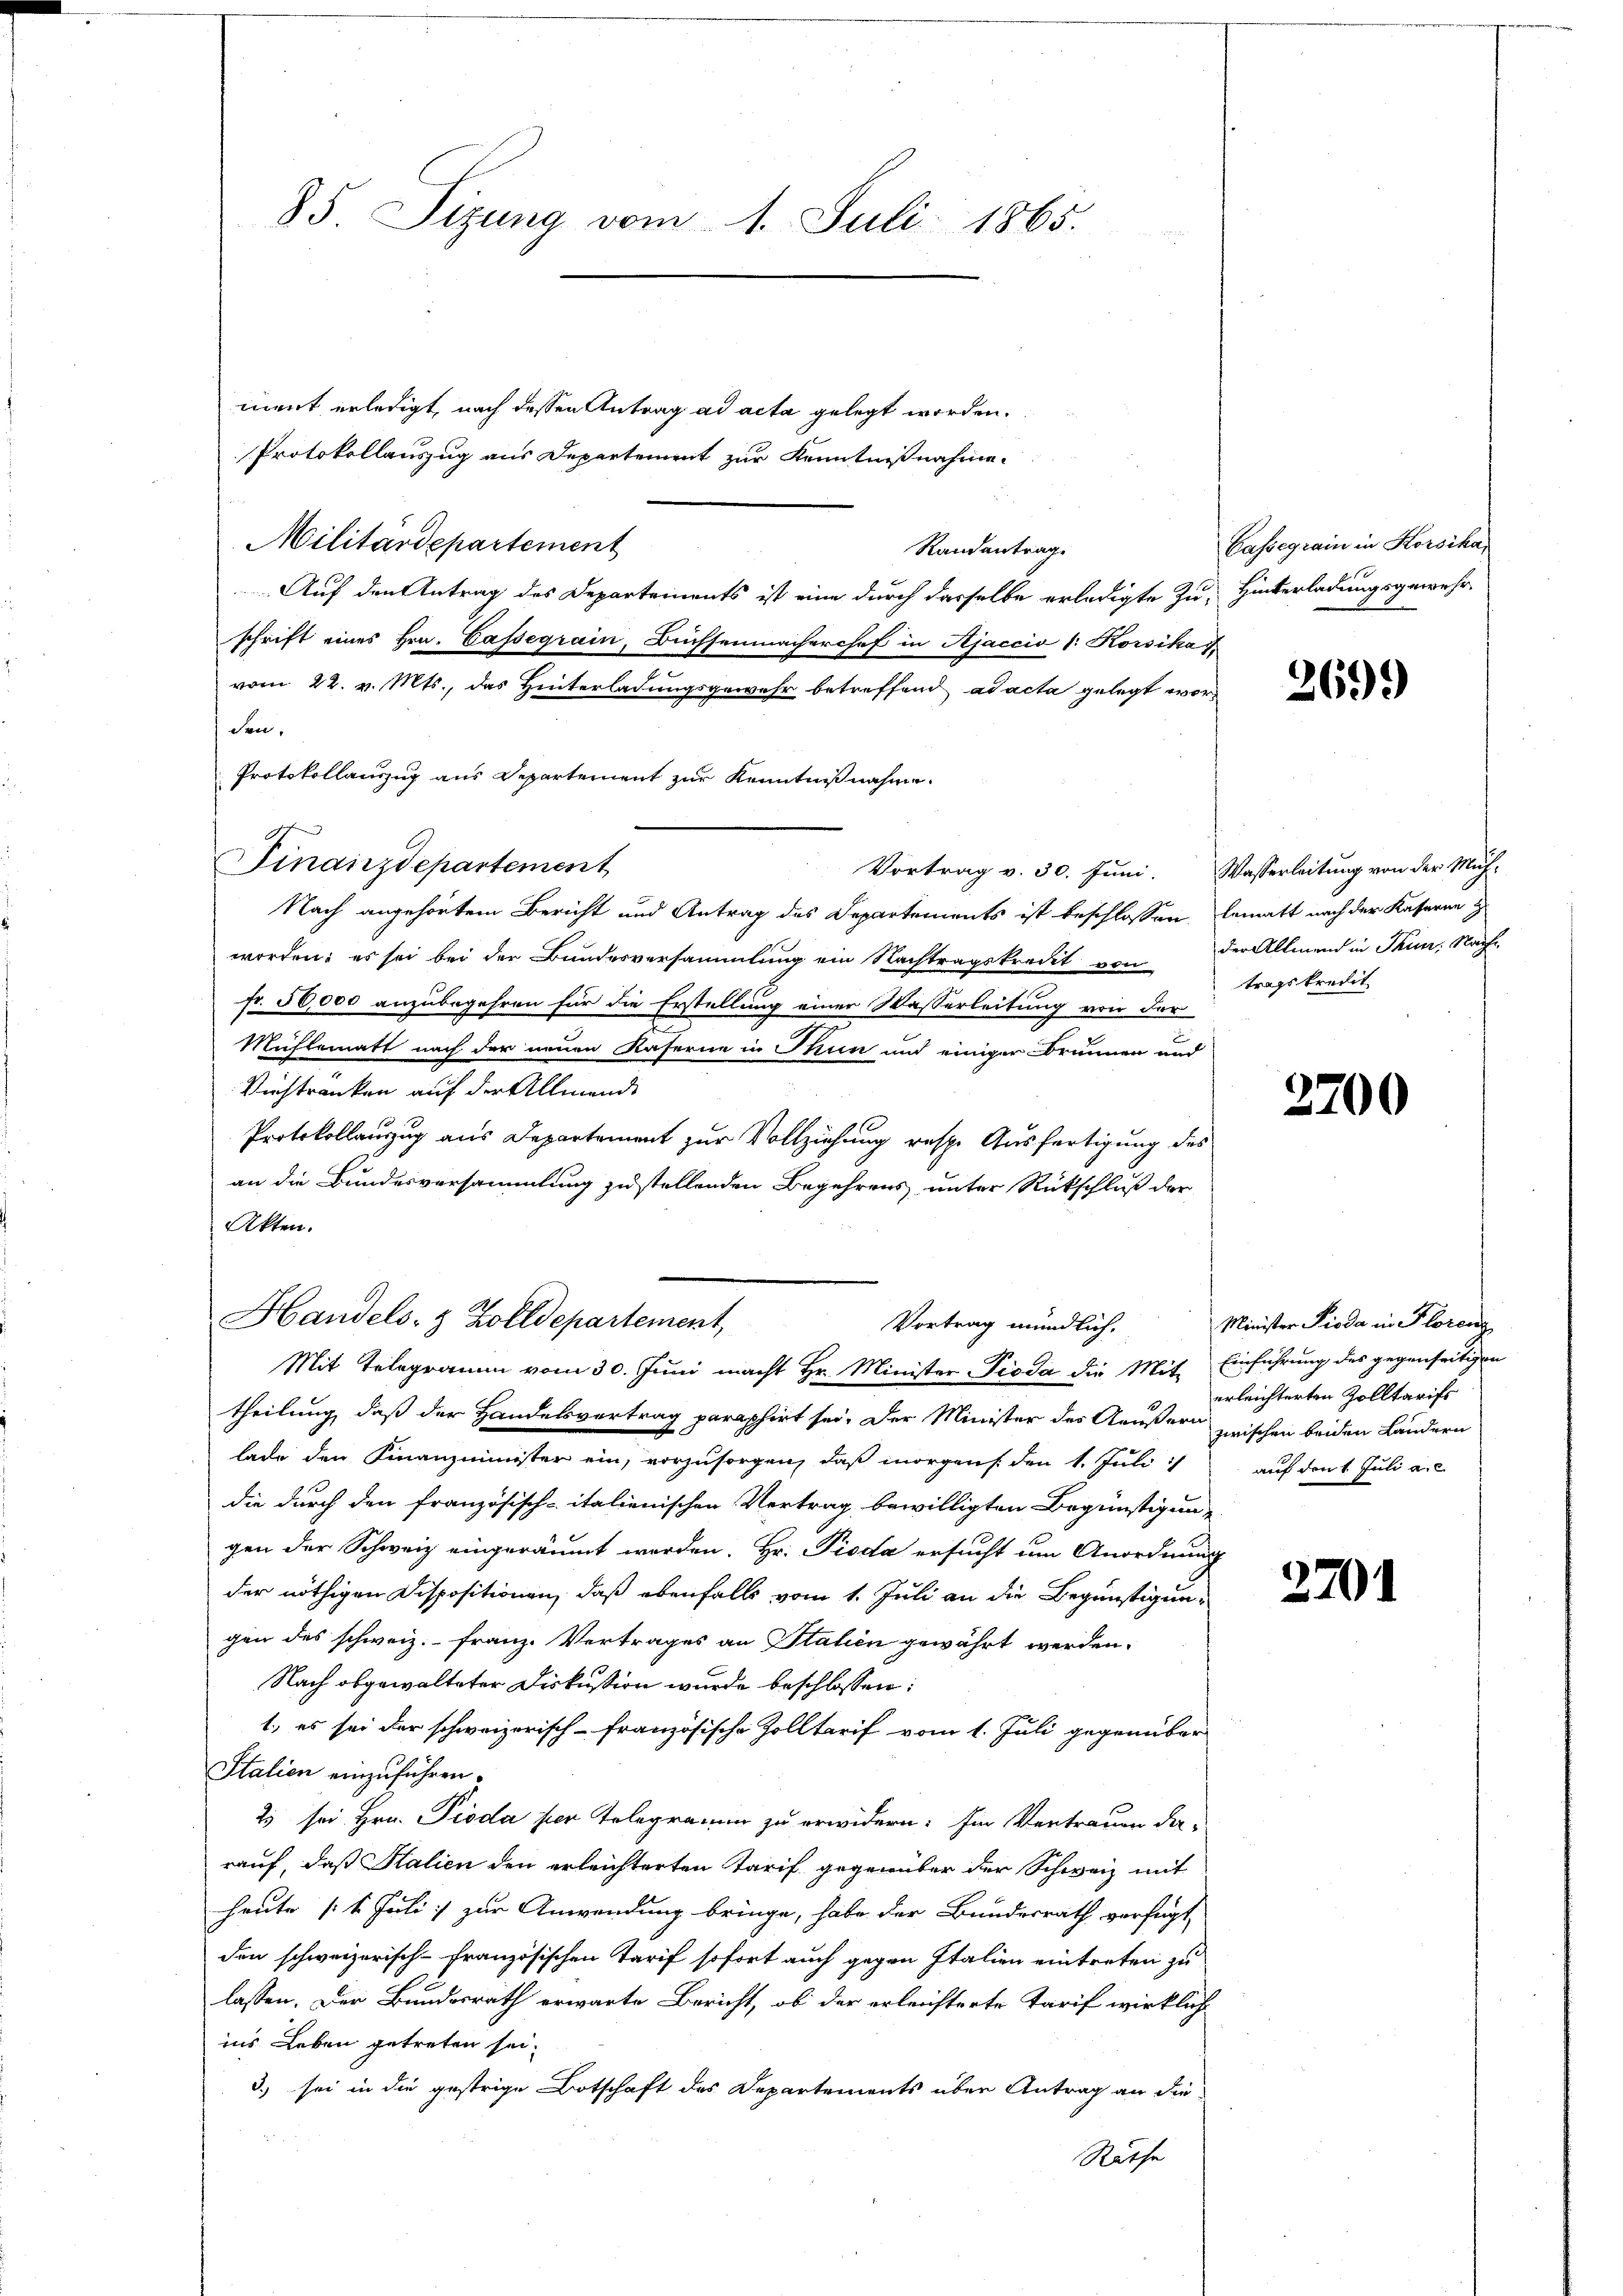
ment erledigt, nach dessen Antrag ad acta gelegt worden.
Protokollauszug aus Departement zur Kenntnißnahme
Militärdepartement
Randantrage
Auf den Antrag des Departements ist eine durch dasselbe erledigte Zu- Hinterladungsgewehr-
schrift eines Hrn. Cassegrain, Büchsenmacherchef in Ajaccio 1: Korsika
.
vom 22. v. Mts., das Hinterladungsgewehr betreffend ad acta gelegt worden.
Protokollauszug aus Departement zur Kenntnißnahme
.
Finanzdepartement
Vortrag v. 30. Juni. Wasserleitung von der Müh-
Nach angehörtem Bericht und Antrag des Departements ist beschlossen, lematt nach der Kaserne z
worden; es sei bei der Bundesversammlung ein Nachtragskredit vontragskredit
fr. 50,000 anzubegehren für die Erstellung einer Wasserleitung von der
Mühlematt nach der neuen Kaserne in Thun und einiger Brunnen und
Verstranken auf der Allmende
Protokollauszug aus Departement zur Vollziehung resp. Ausfertigung des
an die Bundesversammlung zu stellenden Begehrens unter Rückschluß der
Akten.

85. Sizung vom 1. Juli 1865.

Handels- & Zolldepartement,
Vortrag mündlich,
Mit Telegramm vom 30. Juni macht Hr. Minister Pioda die Mit-

theilung, daß der Handelsvertrag paraphirt sei. Der Minister des Aeußern zwischen beiden Ländern
lade den Finanzminister ein, vorzusorgen, daß morgens den 1. Juli auf den 1 Juli a. c.
die durch den französisch-italienischen Vertrag bewilligten Begünstigung
gen der Schweiz eingeräumt werden. Hr. Pioda ersucht um Anordnung
der nöthigen Dispositionen, daß ebenfalls vom 1. Juli an die Begünstigungen des schweiz. Franz. Vertrages an Stalien gewährt werden.
Nach obgewalteter Diskussion wurde beschlossen:
1., es sei der schweizerisch-französische Zolltarif vom 1. Juli gegenüber
Stalien einzuführen.
2) sei Hrn. Pioda per Telegramm zu erwidern. Im Vertrauen darauf, daß Salien den erleichterten Tarif gegenüber der Schweiz mit
heute (1. Juli zur Anwendung bringe, habe der Bundesrath verfügt
den schweizerisch-französischen Tarif sofort auch gegen Italien eintreten zu
lassen. Der Bundesrath erwarte Bericht, ob der erleichterte Tarif wirklich
ins Leben getreten sei.
3.) sei in die gestrige Botschaft des Departements über Antrag an die
Rathe

Cassegrain in Korsika

2699

der Allmend in Thun. Nach

3700

Minister Pioda in Florenz
Einführung des gegenseitigen
erleichterten Zolltarifs

270.